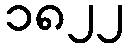
၁၈၂၂